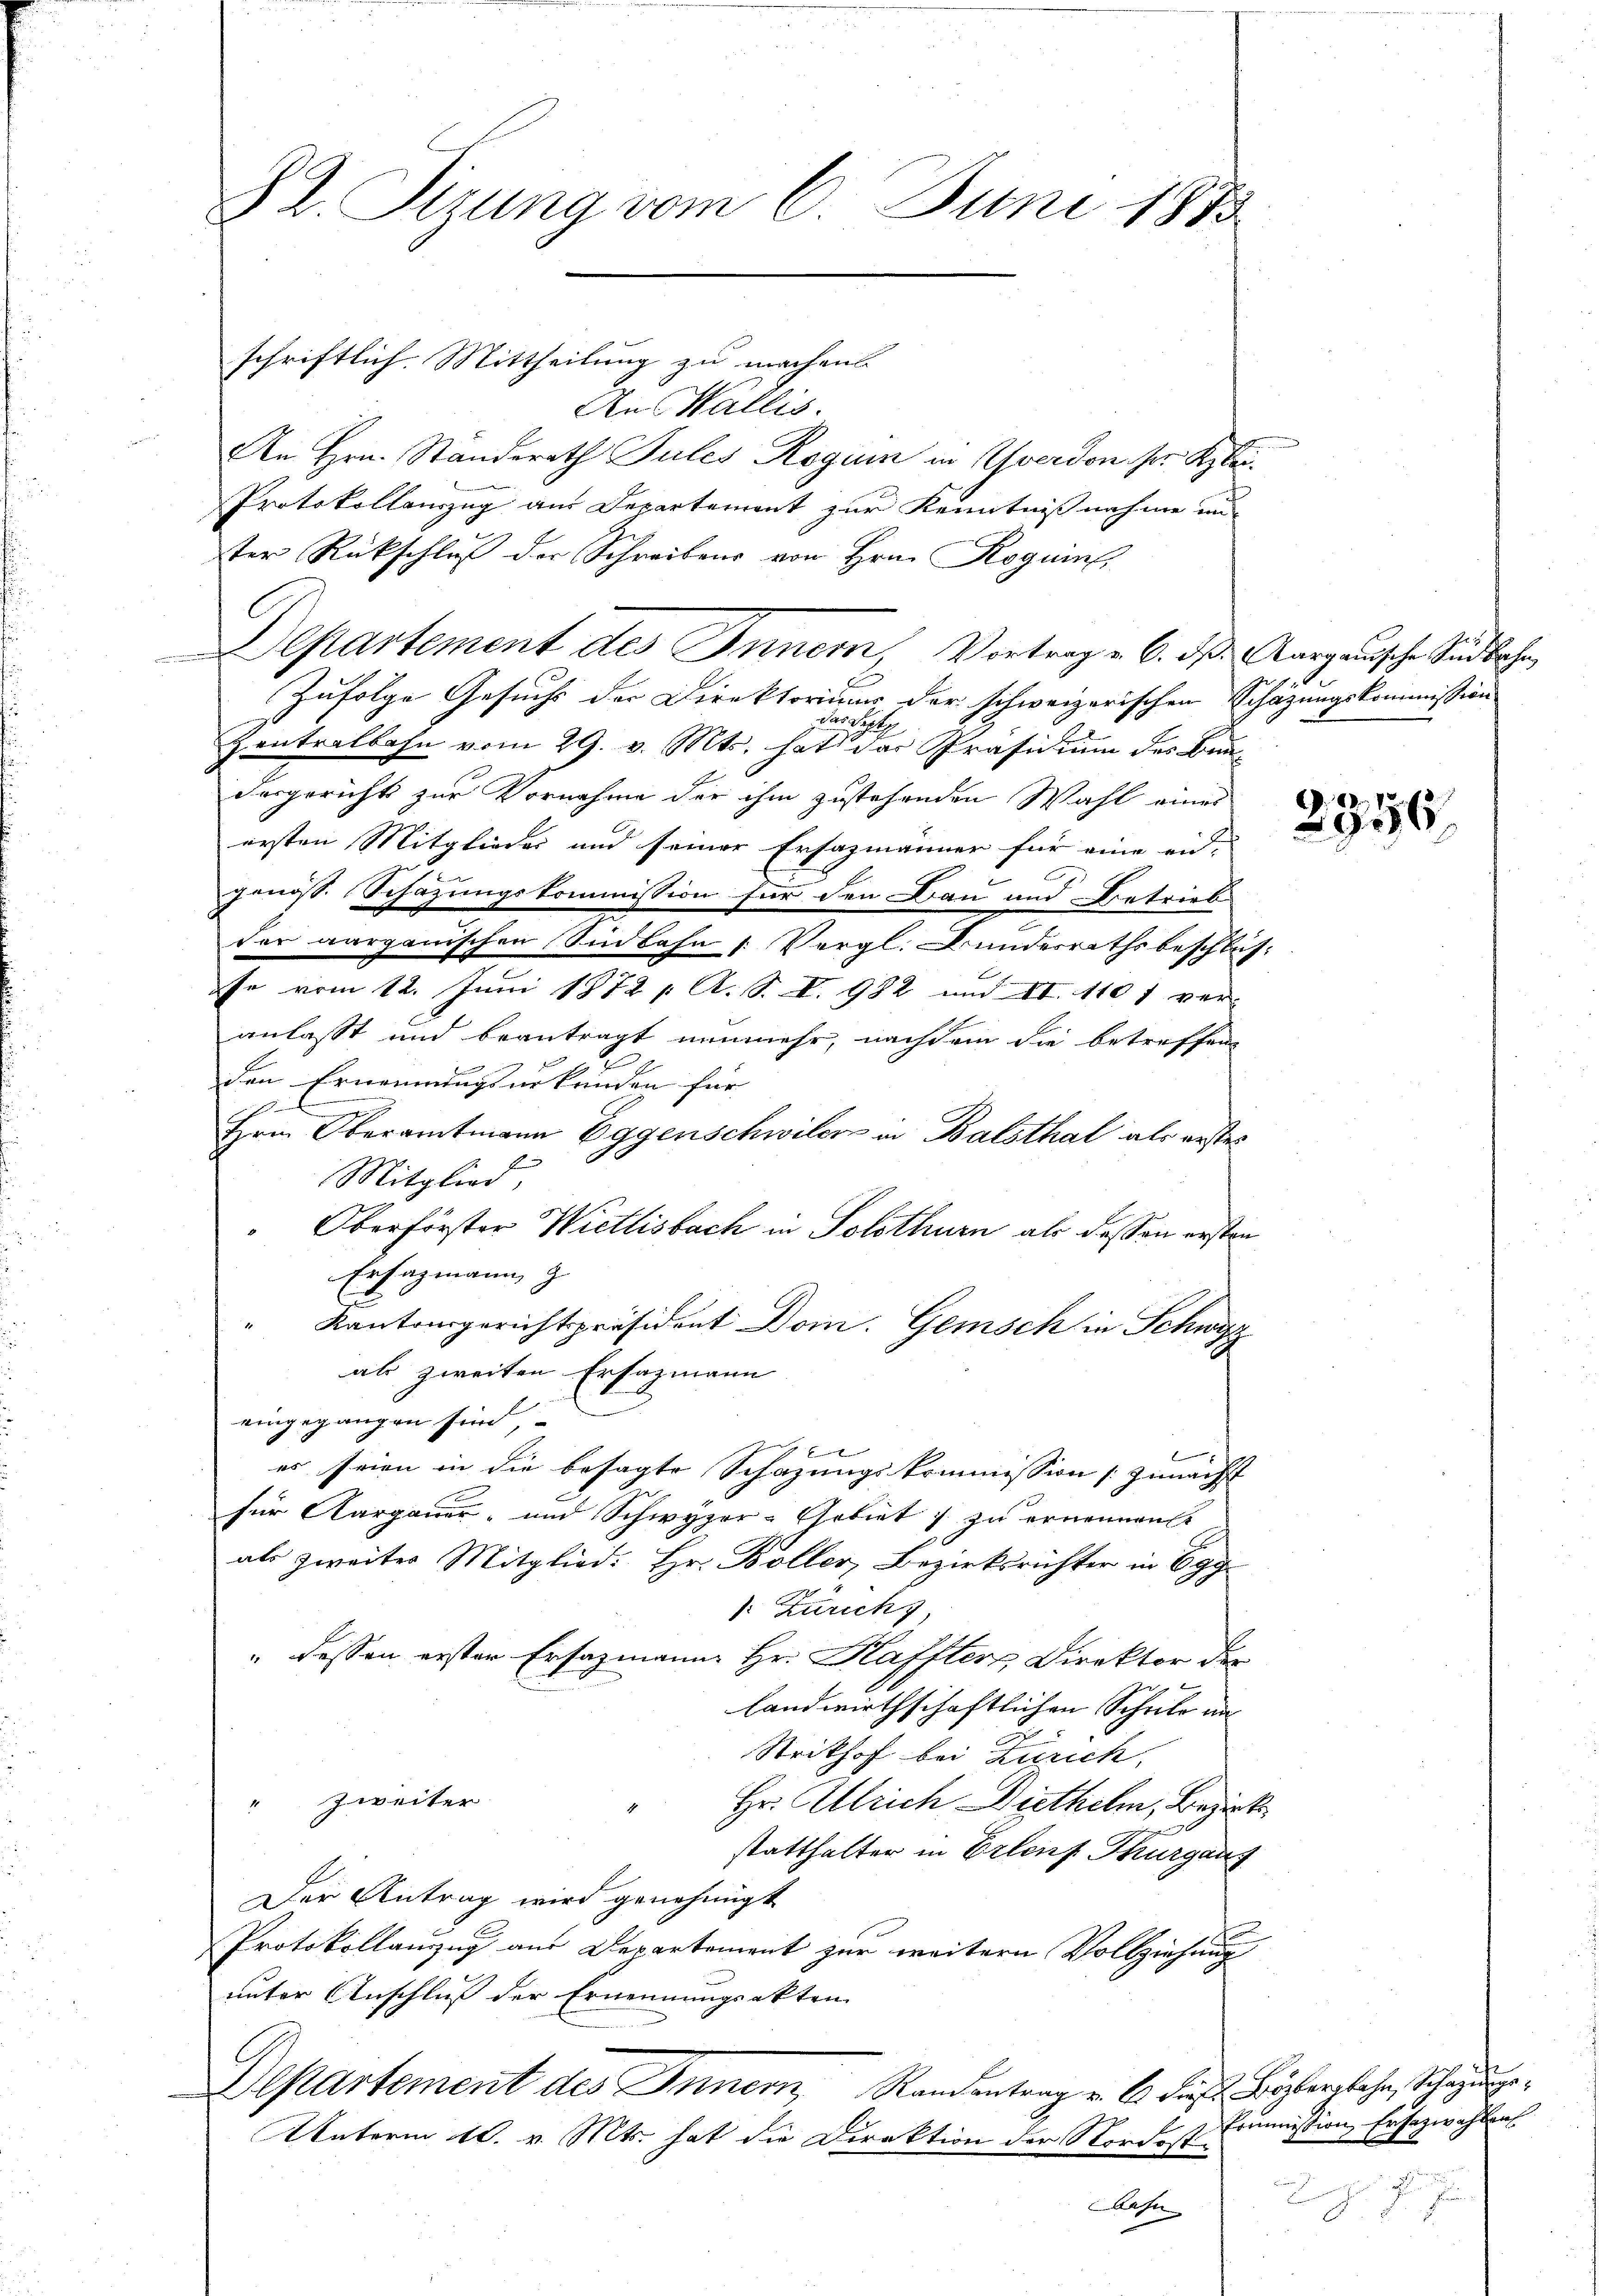
An Wallis.
An Hrn. Standerath Sules Roguin in verdon der Re¬
Protokollanzug aus Departement zur Kenntnißnahme un
ter Rückschluß der Schreibens von Hrn. Roguin,
Zufolge Gesuchs der Direktoriums der schweizerischen Schazungskommission
das Letz
Zentralbahn vom 29. v. Mts. hat der Präsidium des Bun-
dargerichts zur Vornahme der ihm zustehenden Wahl eines
ersten Mitglieder und seiner Ersazmänner für eine eid-

genöss. Schazungskommission für den Bau und Betrieb
der aargauischen Sinbahn 1. Vergl. Bundesrathsbeschlusfe vom 12. Juni 1872 / A. S. V. 982 und II. 1101 ver-
anlasst und beantragt nunmehr, nachdem die betreffend
den Ernennungsurkunden für
c
Hem Oberamtmann Eggenschwiler in Balsthal als erstes
Mitglied,
Oberförster Wietlisbach in Solothurn als dessen ersten
Ersagmann z
Kantonsgerichtspräsident Dom. Gemisch in Schwyz
als zweiten Ersazmann
eingegangen sind,
x
es seien in die besagte Schazungskommission zunächst
für Aargauer- und Schwyzer-Arbiet zu ernennen
als zweiter Mitglied: Hr. Boller Bezirksrichter in Egg
: Zürich,
" dessen erster Ersazmann Hr. Haffters, Direktor der
g
landwirthschaftlichen Schritt un
Strikhof bei Zürich,
" Zweiter
Hr. Ulrich Diethelm, Bezirks
statthalter in Erlens Thurgauf
Der Antrag wird genehmigt
Protokollanzug aus Departement zur weitern Vollziehung
unter Anschluß der Ernennungsakten
.
Departement des Innern, Randentrag v. 6. diese Böhlergbahn, Schazunge¬
Unterm 10. v. Mts. hat die Direktion der Nordostbahn

82. Sizung vom 6. Juni 1873

schriftlich. Mittheilung zu machen.

Departement des Inner, Vortrag v. 6. ds. Aargauische Südbahn

2356

Commission Ersezwahlen